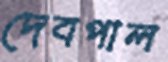
দেবপাল